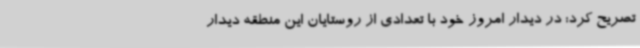
تصریح کرد: در دیدار امروز خود با تعدادی از روستایان این منطقه دیدار